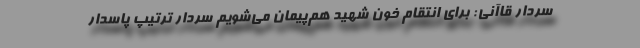
سردار قاآنی: برای انتقام خون شهید هم‌پیمان می‌شویم سردار ترتیپ پاسدار